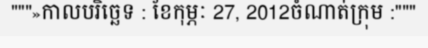
"""»កាលបរិច្ឆេទ : ខែកុម្ភៈ 27, 2012ចំណាត់ក្រុម :"""